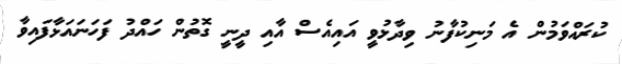
ކުރައްވަމުން އެ މަނިކުފާނު ވިދާޅުވީ އައިއެސް އާއި ދީނީ ގޮތުން ހައްދު ފަހަނައަޅާފައިވާ